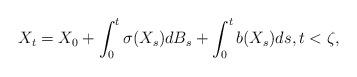
LaTeX: \begin{align*}X_t=X_0+ \int_0^t\sigma(X_s)dB_s + \int_0^t b(X_s)ds, t < \zeta,\end{align*}